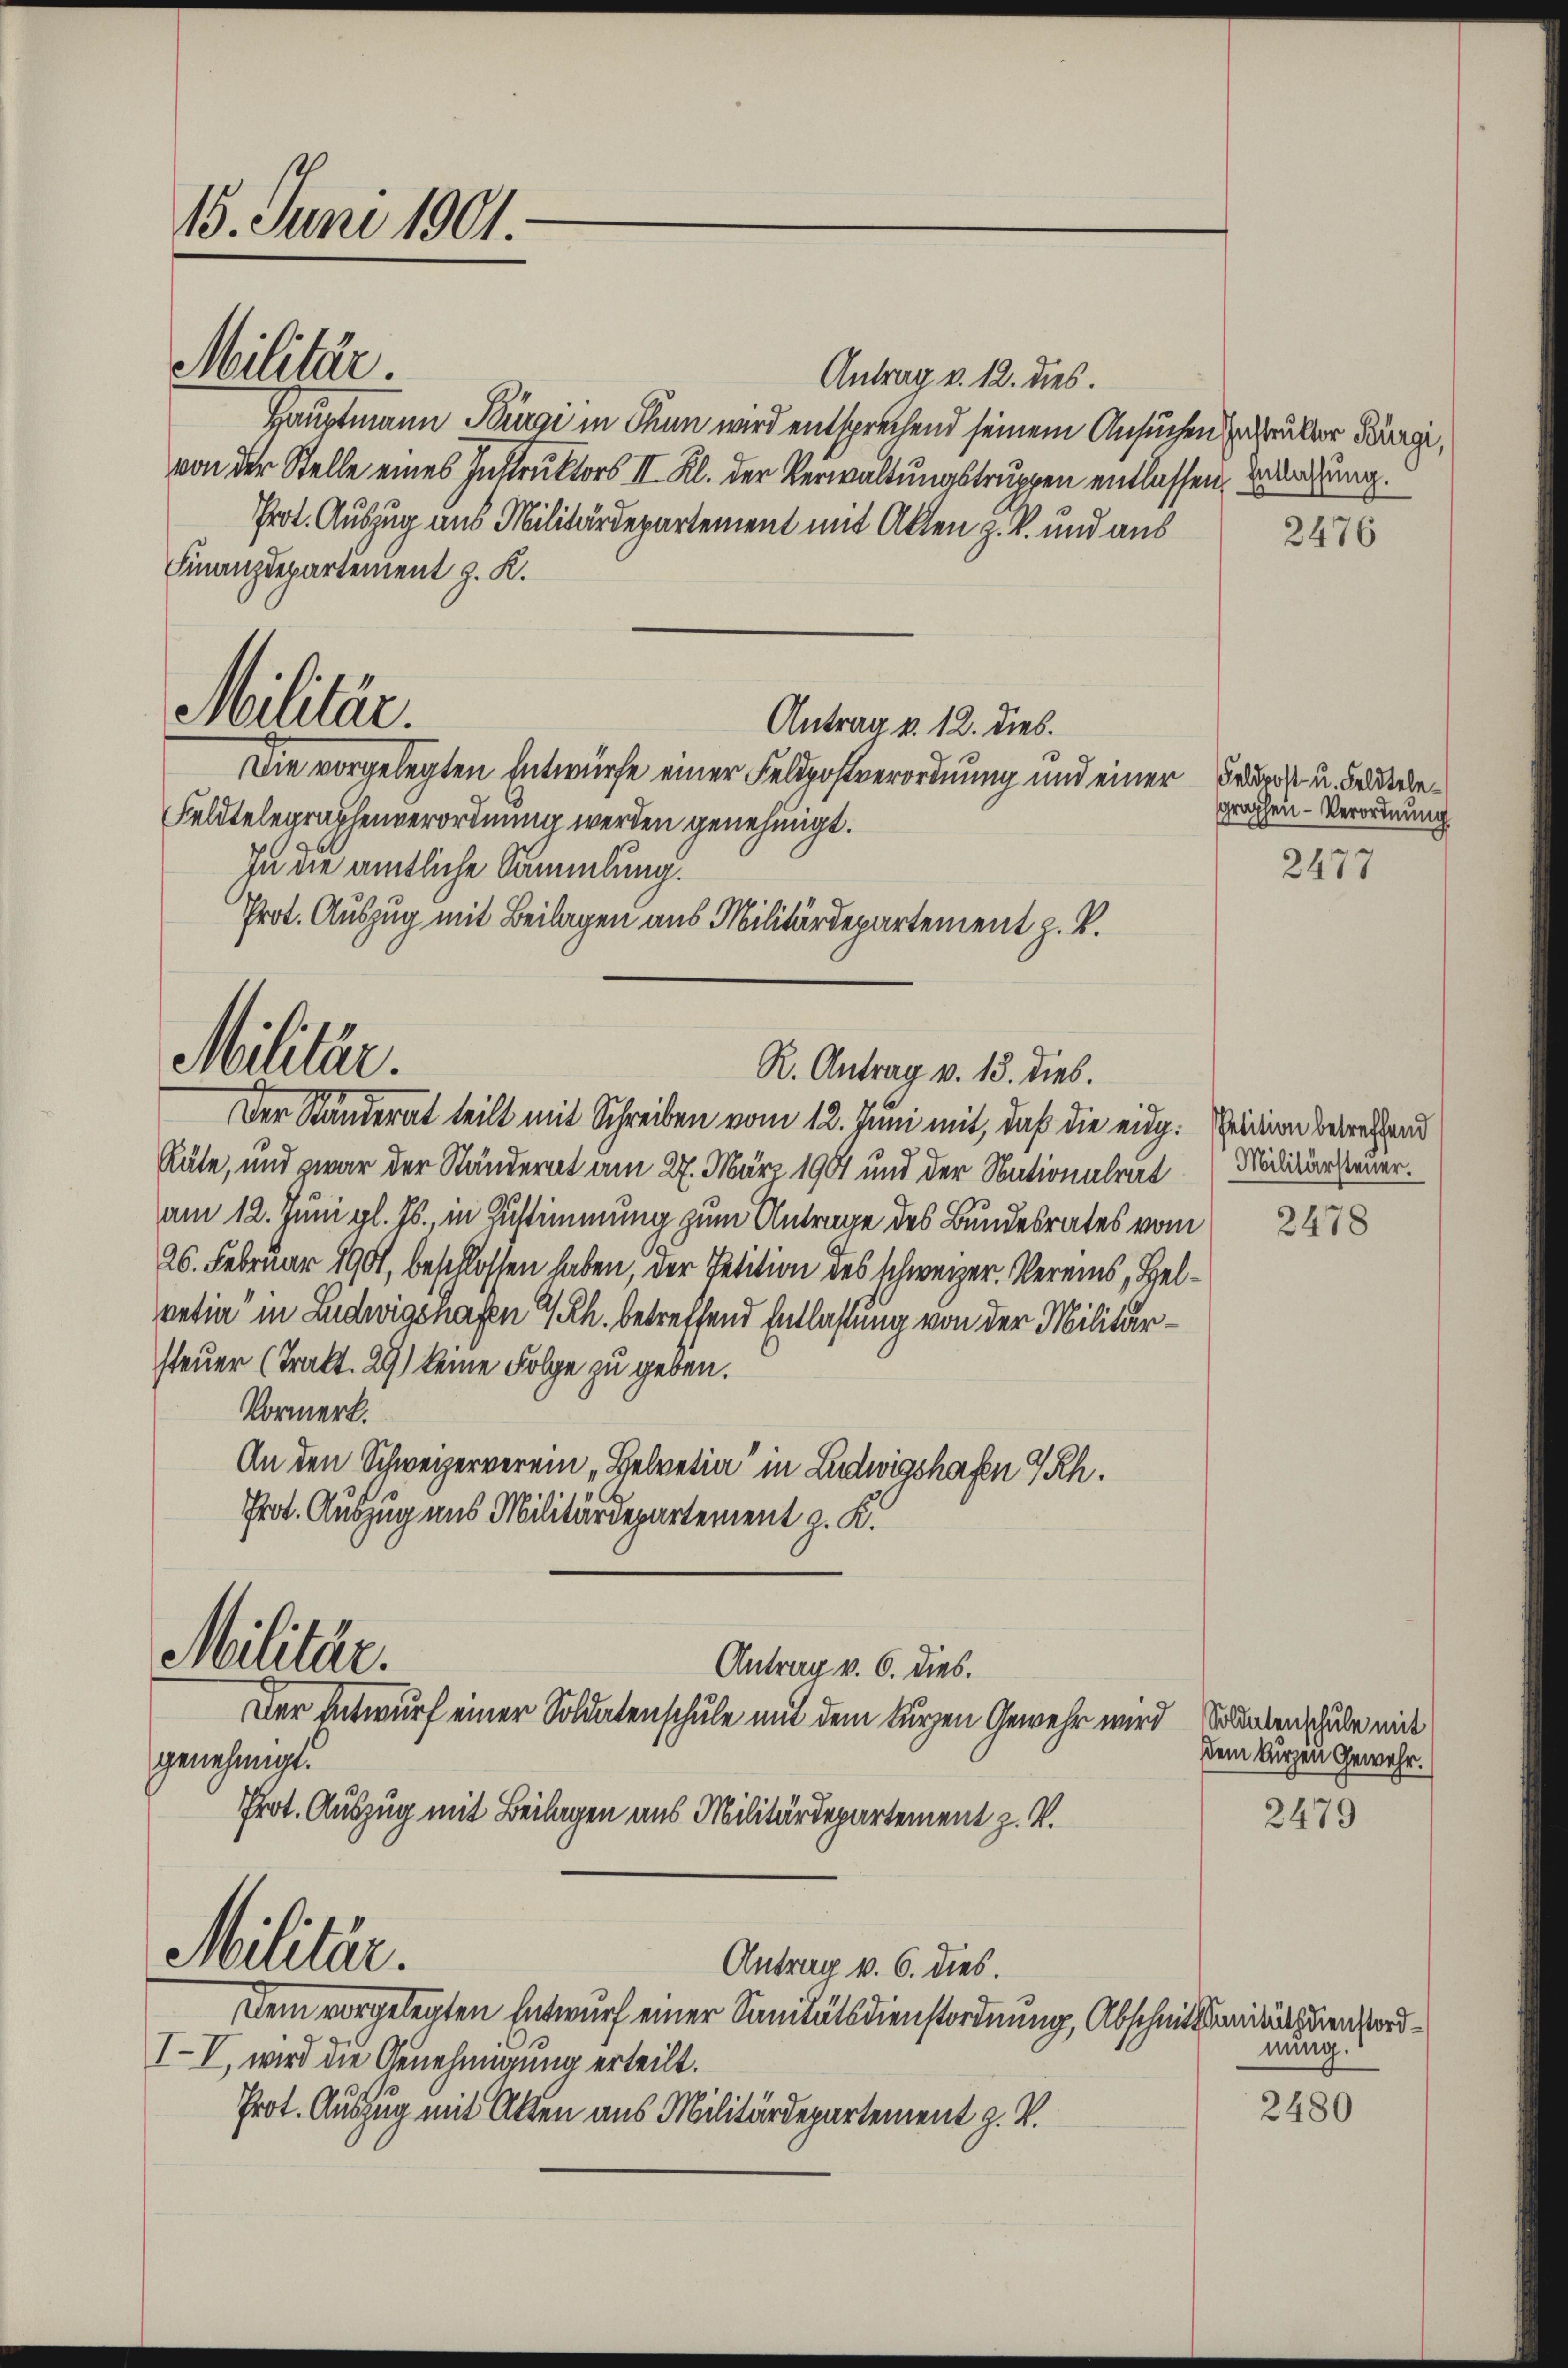
15. Juni 1901.

Militär.

Militär.

Militär.

Antrag v. 12. dies.

Die vorgelegten Entwürfe einer Feldpostverordnung und einer
Prot. Auszug mit Beilagen aus Militärdepartement z. B.
R. Antrag v. 13. dies.

Antrag v. 12. dies.
Hauptmann Bürgi in Thun wird entsprechend seinem Ansuchen zuruker Köngi,
von der Stelle eines Instruktors III. Kl. der Verwaltungstruppen entlassen, Erbrechung.
Prot. Auszug aus Militärdepartement mit Akten z. B. und aus
Finanzdepartement z. K.
Feldtelegraphenverordnung werden genehmigt.
In die amtliche Sammlung.
Der Ständerat teilt mit Schreiben vom 12. Juni mit, daß die eidg. Peinen berechend
Räte, und zwar der Ständerat am 27. März 190 und der Nationalrat
am 12. Juni gl. Js., in Zustimmung zum Antrage des Bundesrates vom
26. Februar 1901, beschlossen haben, der Petition des schweizer. Vereins, Helvetia" in Ludwigsnagen 4 Rh. betreffend Entlastung von der Militärsteuer (Trakt. 29) keine Folge zu geben.
Vormerk.
An den Schweizerverein „Belvetia in Ludwigshafen 7 Rh.
Prot. Auszug uns Militärdepartement z. K.
Militär.
Antrag v. 6. dies.
Der Entwurf einer Soldatenschule mit dem kurzen Gewehr wird Santen schule mit
genehmigt.
Prot. Auszug mit Beilagen aus Militärdepartement z. V.
Militär.
Antrag v. 6. dies.
Dem vorgelegten Entwurf einer Sanitätsdienstordnung, Abschnittsendungen ord¬
IV, wird die Genehmigung erteilt.
Prot. Auszug mit Akten aus Militärdepartement z. V.

2476

Feldpost- u. Feldtelegraphen- Verordnung

2477

Militärsteuer.

2478

dem kurzen Gewehr.

2479

nung.
2480